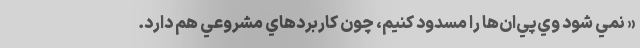
« نمي شود وي‌پي‌ان‌ها را مسدود كنيم، چون كاربردهاي مشروعي هم دارد.